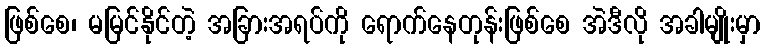
ဖြစ်စေ၊ မမြင်နိုင်တဲ့ အခြားအရပ်ကို ရောက်နေတုန်းဖြစ်စေ အဲဒီလို အခါမျိုးမှာ